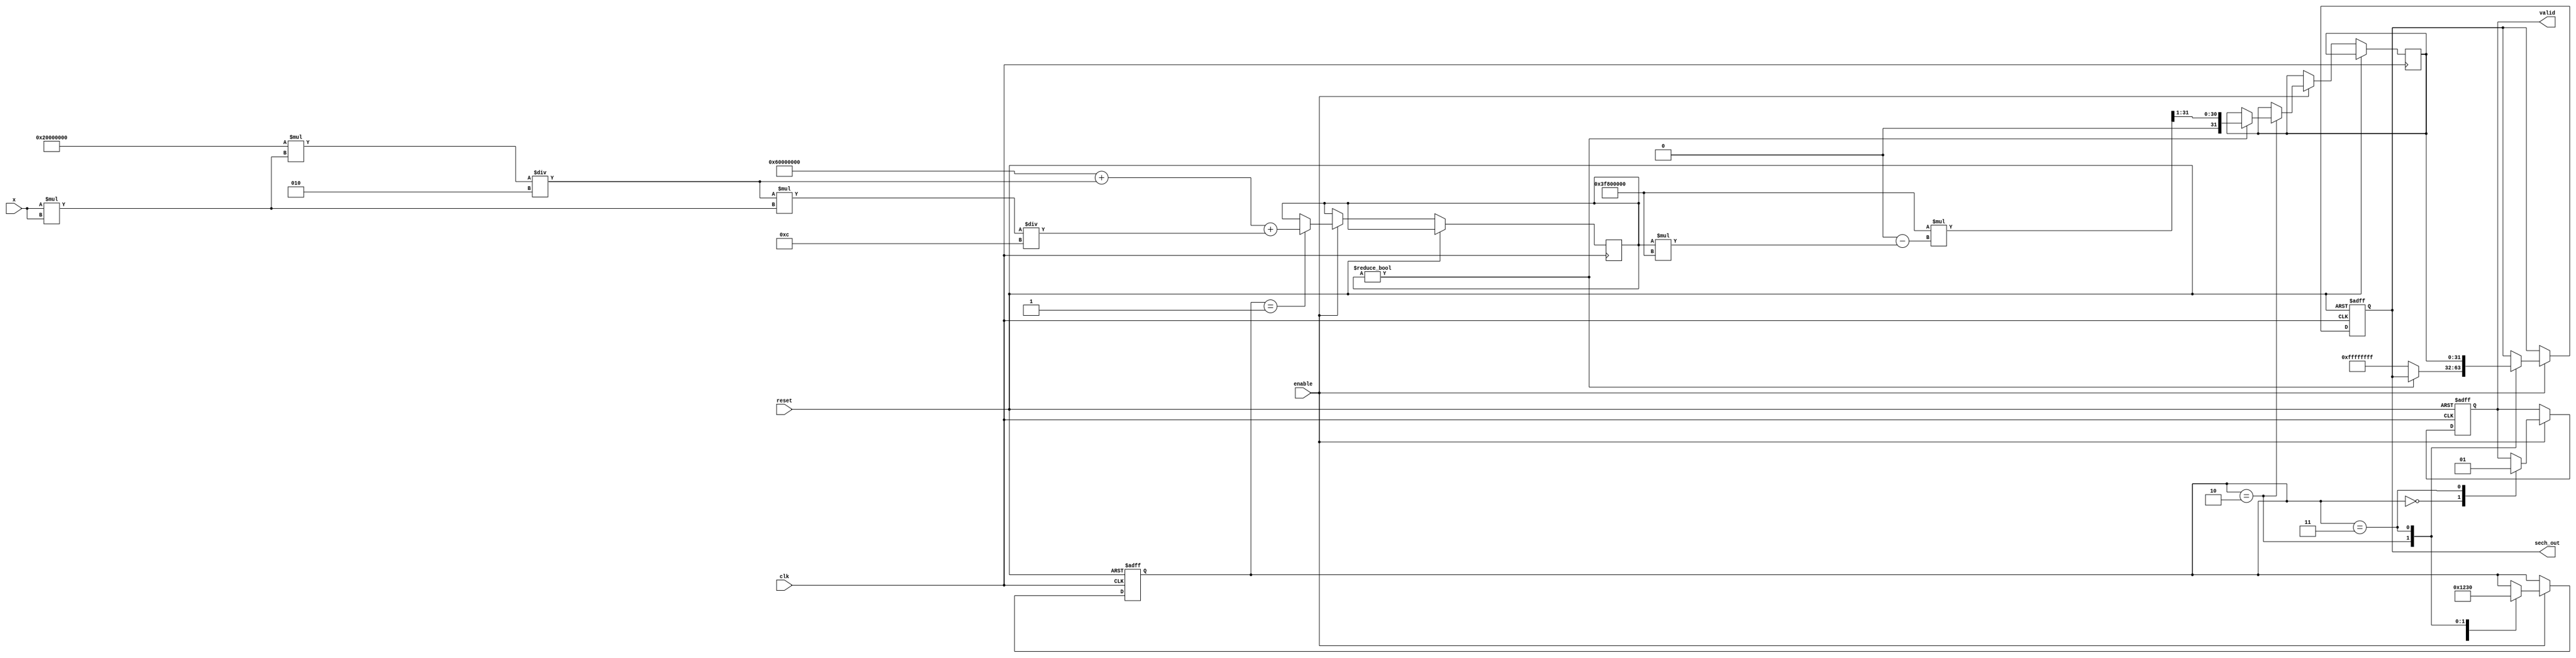
module hyperbolic_sech #(
    parameter N = 16,  // Input width
    parameter M = 32   // Output width
)(
    input wire clk,
    input wire reset,
    input wire enable,
    input wire signed [N-1:0] x,  // Input x
    output reg signed [M-1:0] sech_out,  // Output sech(x)
    output reg valid  // Output valid signal
);

    // Internal signals
    reg signed [M-1:0] cosh_x;  // Intermediate cosh(x)
    reg signed [M-1:0] reciprocal; // Reciprocal of cosh(x)
    reg [3:0] state;  // State machine for control
    localparam IDLE = 0, CALC_COSH = 1, CALC_RECIPROCAL = 2, OUTPUT = 3;

    // Taylor series coefficients for cosh(x)
    parameter [M-1:0] COEFF_0 = 32'h40000000; // 1.0
    parameter [M-1:0] COEFF_1 = 32'h20000000; // 0.5
    parameter [M-1:0] COEFF_2 = 32'h1C71C71C; // 1/6
    parameter [M-1:0] COEFF_3 = 32'h15555555; // 1/24

    // Cosh calculation using Taylor series
    function signed [M-1:0] calculate_cosh;
        input signed [N-1:0] x;
        reg signed [M-1:0] x_squared;
        reg signed [M-1:0] term;
        integer i;
        begin
            x_squared = x * x;  // x^2
            calculate_cosh = COEFF_0;  // Start with 1.0
            term = COEFF_1;  // First term: x^2 / 2!

            // Calculate cosh(x) using Taylor series expansion
            for (i = 1; i < 4; i = i + 1) begin
                calculate_cosh = calculate_cosh + term;
                term = (term * x_squared) / (2*i*(2*i-1));  // x^(2*i)/(2*i)!
            end
        end
    endfunction

    // Reciprocal calculation using Newton-Raphson method
    function signed [M-1:0] calculate_reciprocal;
        input signed [M-1:0] value;
        reg signed [M-1:0] approx;
        begin
            approx = 32'h3F800000; // Initial approximation (1.0)
            // Newton-Raphson iteration
            approx = approx * (2**M - value * approx) >> 1; // x = x * (2 - value * x)
            calculate_reciprocal = approx;
        end
    endfunction

    // State machine for computation
    always @(posedge clk or posedge reset) begin
        if (reset) begin
            state <= IDLE;
            sech_out <= 0;
            valid <= 0;
        end else if (enable) begin
            case (state)
                IDLE: begin
                    state <= CALC_COSH;
                    valid <= 0;
                end
                CALC_COSH: begin
                    cosh_x <= calculate_cosh(x);
                    state <= CALC_RECIPROCAL;
                end
                CALC_RECIPROCAL: begin
                    if (cosh_x != 0) begin
                        reciprocal <= calculate_reciprocal(cosh_x);
                        state <= OUTPUT;
                    end else begin
                        // Handle division by zero
                        sech_out <= 32'hFFFFFFFF; // Indicate error (e.g., NaN)
                        state <= OUTPUT;
                    end
                end
                OUTPUT: begin
                    sech_out <= reciprocal;
                    valid <= 1;
                    state <= IDLE; // Go back to IDLE after output
                end
            endcase
        end
    end

endmodule